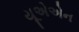
યૂએએન